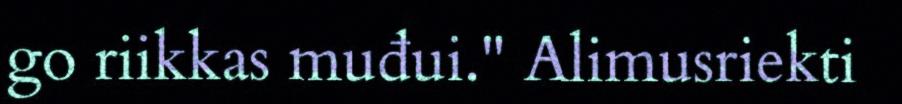
go riikkas muđui." Alimusriekti